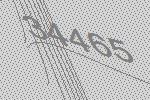
34465